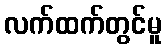
လက်ထက်တွင်မူ